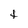
Character: t